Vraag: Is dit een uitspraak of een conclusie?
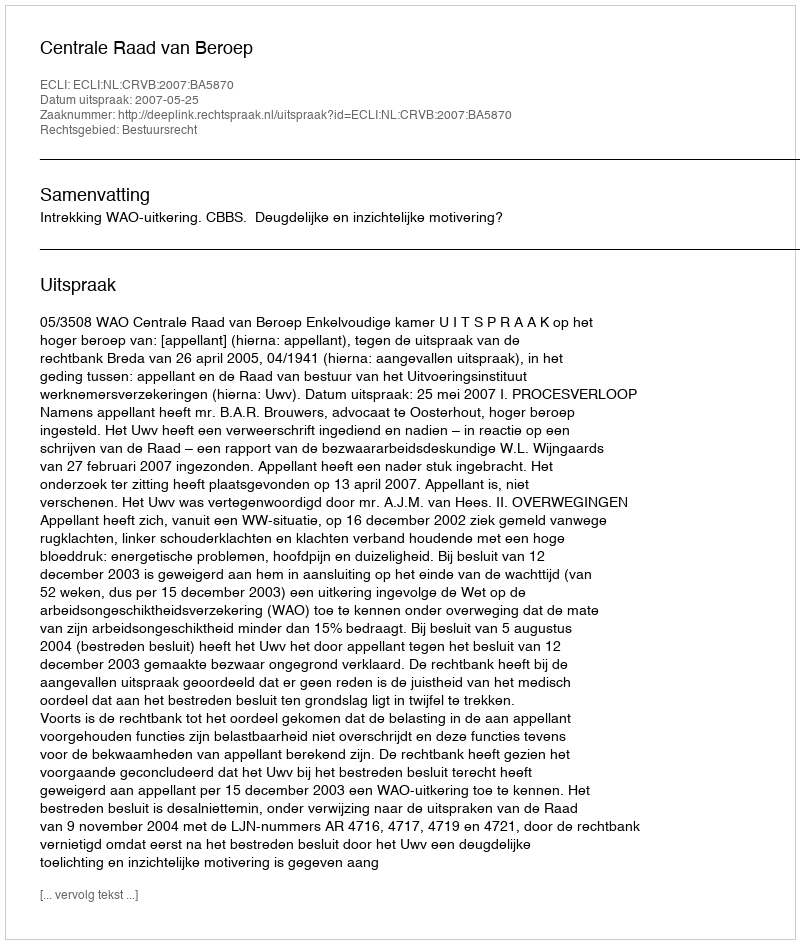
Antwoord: Uitspraak